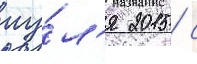
иу́л'я 2015 / с